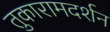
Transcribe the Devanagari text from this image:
तुकारामदर्शन